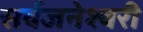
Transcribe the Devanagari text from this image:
सर्वजनेश्वरी